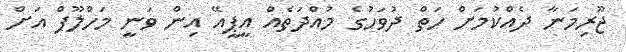
ޖޫރިމަނާ ދެއްކުމަށް ހަތް ދުވަހުގެ މުއްދަތެއް އީޕީއޭ އިން ވަނީ މަހްލޫފް އަށް